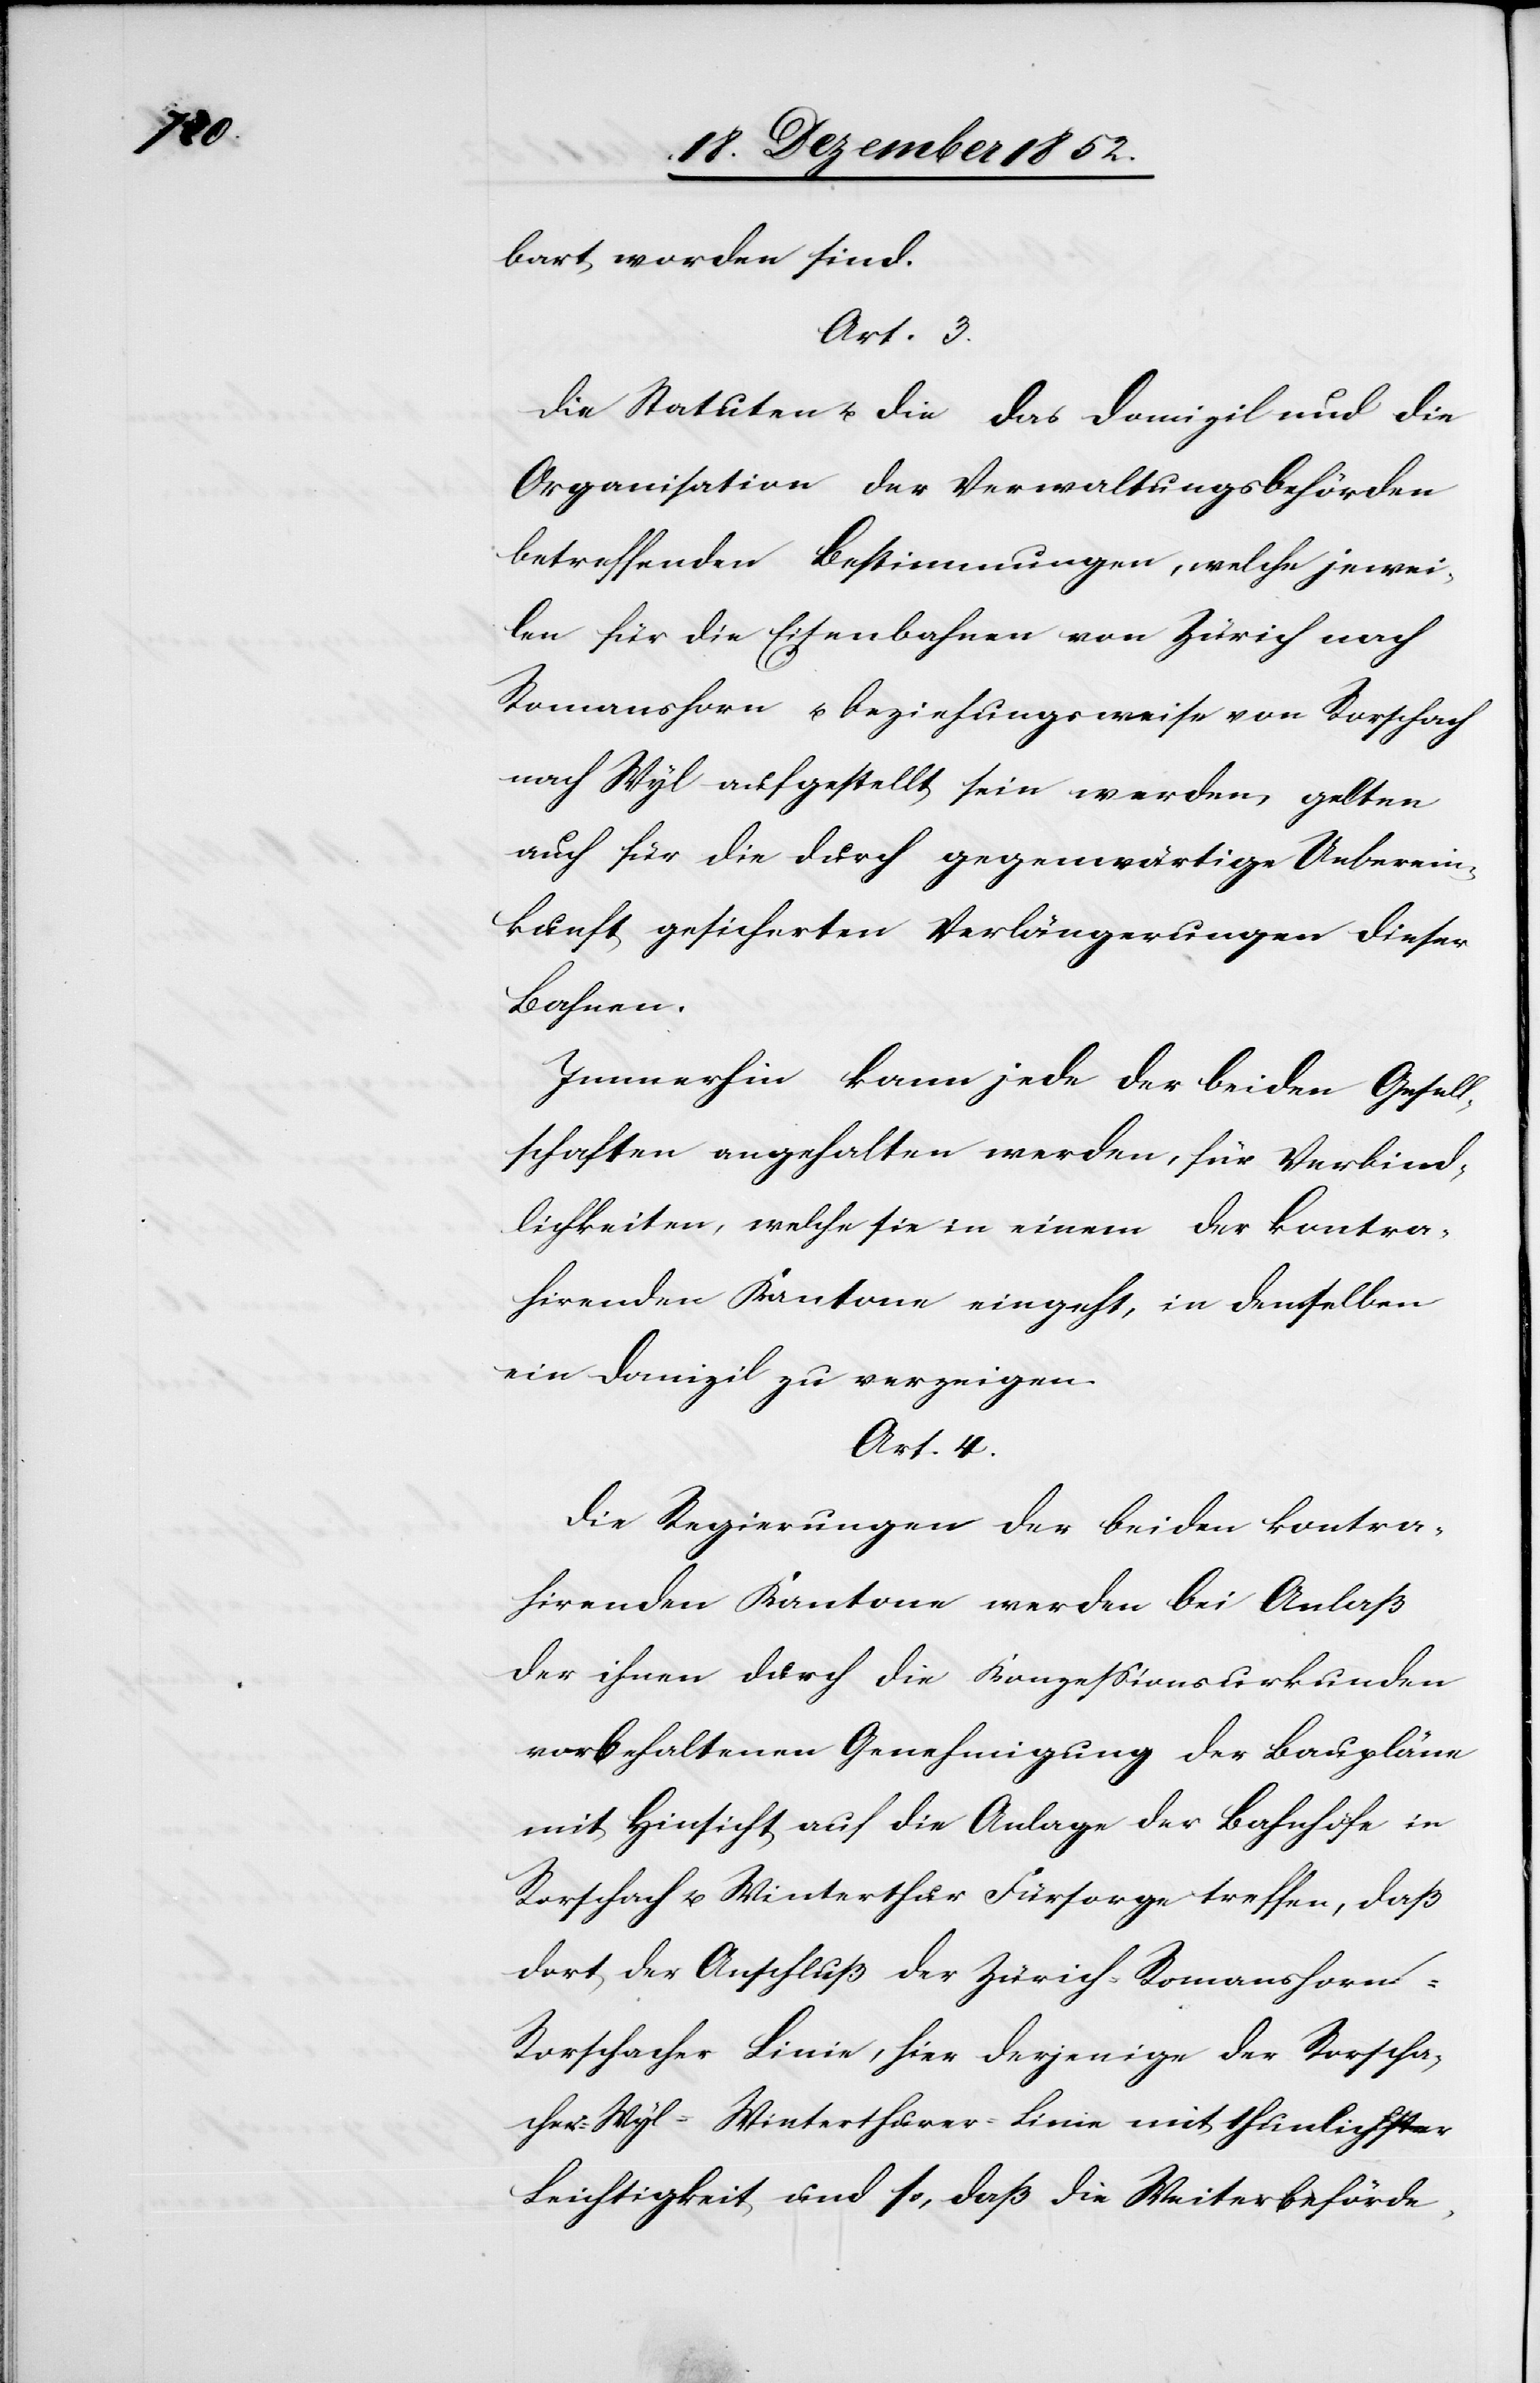
bart worden sind.
Art. 3.
Die Statuten u. die das Domizil und die
Organisation der Verwaltungsbehörden
betreffenden Bestimmungen, welche jewei¬
len für die Eisenbahnen von Zürich nach
Romanshorn u. beziehungsweise von Rorschach
nach Wyl aufgestellt sein werden, gelten
auch für die durch gegenwärtige Ueberein¬
kunft gesicherten Verlängerungen dieser
Bahnen.
Immerhin kann jede der beiden Gesel¬
lschaften angehalten werden, für Verbind¬
lichkeiten, welche sie in einem der kontra¬
hirenden Kantone eingeht, in demselben
ein Domizil zu verzeigen.
Art. 4.
Die Regierungen der beiden kontra¬
hirenden Kantone werden bei Anlaß
der ihnen durch die Konzessionsurkunden
vorbehaltenen Genehmigung der Baupläne
mit Hinsicht auf die Anlage der Bahnhöfe in
Rorschach u. Winterthur Fürsorge treffen, daß
dort der Anschluß der Zürich-Romanshorn-R¬
orschacher Linie, hier derjenige der Rorscha¬
cher-Wyl-Winterthurer-Linie mit thunlichster
Leichtigkeit und so, daß die Weiterbeförde-